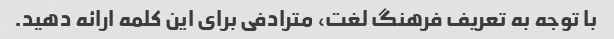
با توجه به تعریف فرهنگ لغت، مترادفی برای این کلمه ارائه دهید.